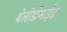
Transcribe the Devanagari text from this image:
थेलीडोमाईड